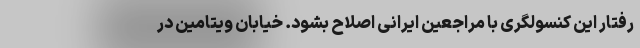
رفتار این کنسولگری با مراجعین ایرانی اصلاح بشود. خیابان ویتامین در